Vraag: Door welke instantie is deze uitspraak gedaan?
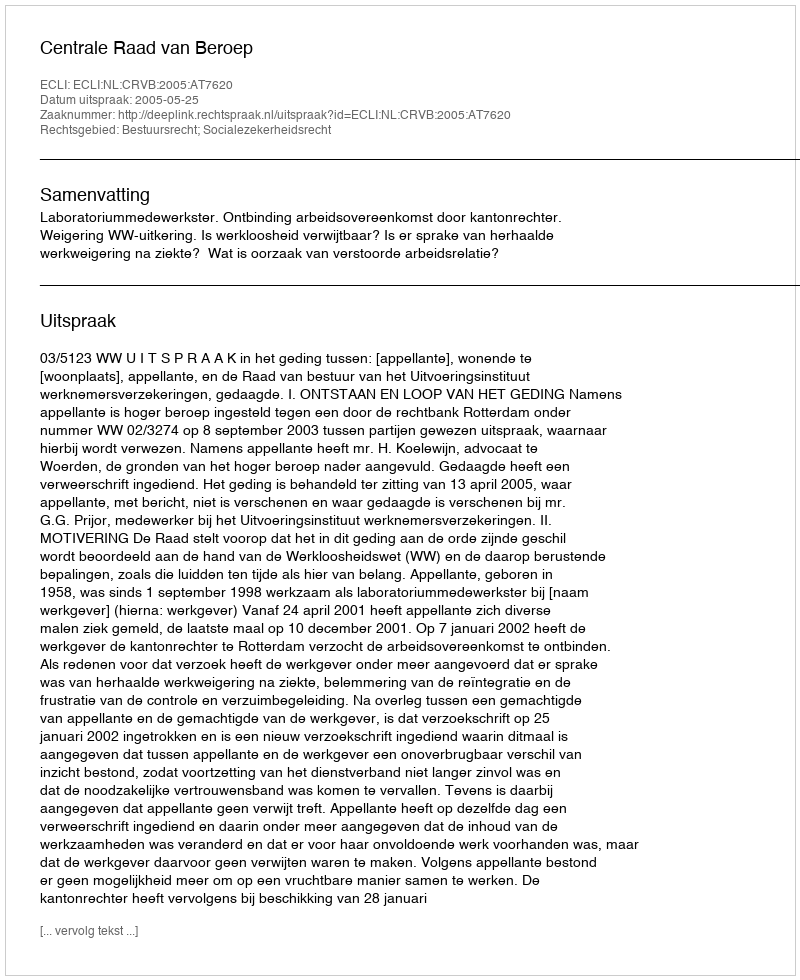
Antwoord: Centrale Raad van Beroep